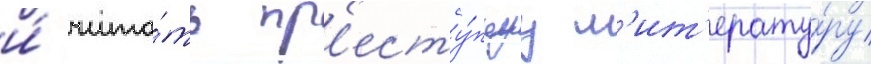
и́ чита́ть пр'есту́пнуу л'ит'ерату́ру